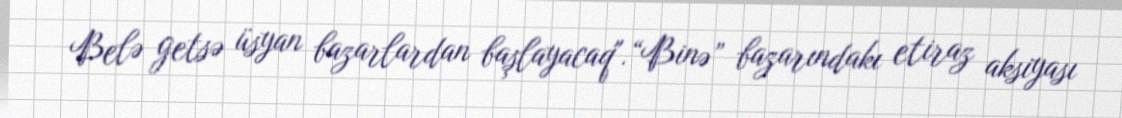
Belə getsə üsyan bazarlardan başlayacaq".“Binə” bazarındakı etiraz aksiyası